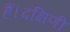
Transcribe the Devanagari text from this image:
हैं।दक्षिणी